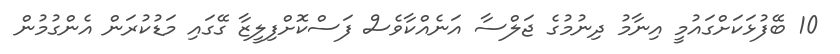
10 ބޭފުޅަކަށްގައުމީ އިނާމު ދިނުމުގެ ޖަލްސާ އަނެއްކާވެސް ފަސްކޮށްފިލީޒާ ގޭގައި މަޑުކުރަން އެންގުމުން